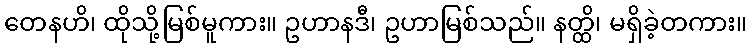
တေနဟိ၊ ထိုသို့မြစ်မူကား။ ဥဟာနဒီ၊ ဥဟာမြစ်သည်။ နတ္ထိ၊ မရှိခဲ့တကား။